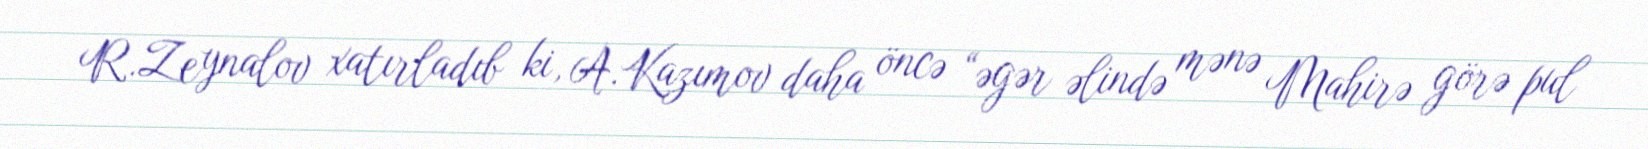
R.Zeynalov xatırladıb ki, A.Kazımov daha öncə “əgər əlində mənə Mahirə görə pul